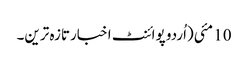
10 مئی(اُردو پوائنٹ اخبارتازہ ترین۔